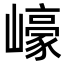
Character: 㠙